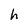
Character: h